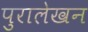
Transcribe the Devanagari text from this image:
पुरालेखन